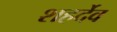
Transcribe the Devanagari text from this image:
शहर्देव